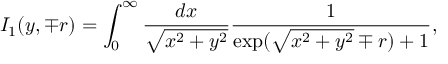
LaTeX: I _ { 1 } ( y , \mp r ) = \int _ { 0 } ^ { \infty } \frac { d x } { \sqrt { x ^ { 2 } + y ^ { 2 } } } \frac { 1 } { \exp ( \sqrt { x ^ { 2 } + y ^ { 2 } } \mp r ) + 1 } ,